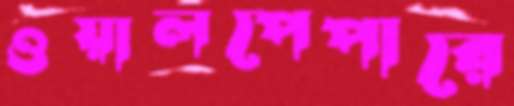
ওয়ালপেপারে